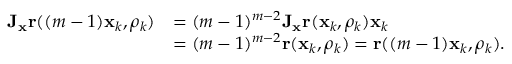
\begin{array} { r l } { \mathbf { J } _ { \mathbf { x } } \mathbf { r } ( ( m - 1 ) \mathbf { x } _ { k } , \rho _ { k } ) } & { = ( m - 1 ) ^ { m - 2 } \mathbf { J } _ { \mathbf { x } } \mathbf { r } ( \mathbf { x } _ { k } , \rho _ { k } ) \mathbf { x } _ { k } } \\ & { = ( m - 1 ) ^ { m - 2 } \mathbf { r } ( \mathbf { x } _ { k } , \rho _ { k } ) = \mathbf { r } ( ( m - 1 ) \mathbf { x } _ { k } , \rho _ { k } ) . } \end{array}